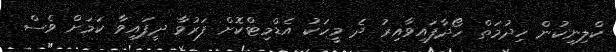
ކްލިނިކުން ހިދުމަތް ހޯދާފައިވާއިރު ދެ މީހަކު އެޑްމިޓްކޮށް ފަރުވާ ދީފައިވާ ކަމަށް ވެސް